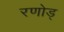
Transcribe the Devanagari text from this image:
रणोड्